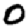
Digit: 0